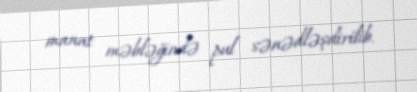
manat məbləğində pul sənədləşdirilib.